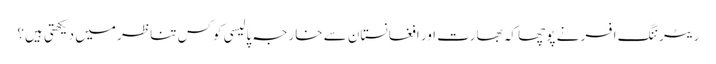
ریٹرننگ افسر نے پوچھا کہ بھارت اور افغانستان سے خارجہ پالیسی کوکس تناظر میں دیکھتی ہیں؟